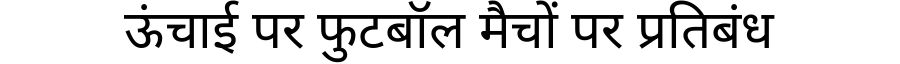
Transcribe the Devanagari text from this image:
ऊंचाई पर फुटबॉल मैचों पर प्रतिबंध